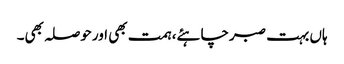
ہاں بہت صبرچاہئے، ہمت بھی اورحوصلہ بھی۔